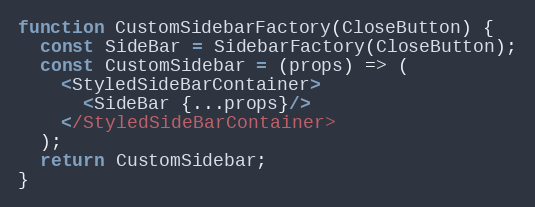
Language: JavaScript
function CustomSidebarFactory(CloseButton) {
  const SideBar = SidebarFactory(CloseButton);
  const CustomSidebar = (props) => (
    <StyledSideBarContainer>
      <SideBar {...props}/>
    </StyledSideBarContainer>
  );
  return CustomSidebar;
}